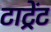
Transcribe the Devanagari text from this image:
टाट्रेंट